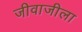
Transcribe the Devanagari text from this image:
जीवाजीला